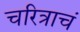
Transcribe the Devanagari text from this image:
चरित्राचं